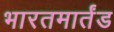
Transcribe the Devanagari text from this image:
भारतमार्तंड